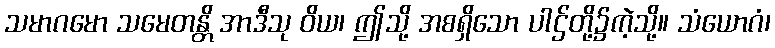
သမာဂမော သမေတန္တိ အာဒီသု ဝိယ၊ ဤသို့ အစရှိသော ပါဌ်တို့၌ကဲ့သို့။ သံယောဂံ၊